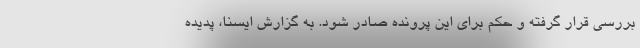
بررسی قرار گرفته و حکم برای این پرونده صادر شود. به گزارش ایسنا، پدیده